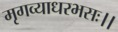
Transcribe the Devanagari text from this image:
मृगव्याधरभसः।।